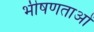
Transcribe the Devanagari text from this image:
भीषणताओं